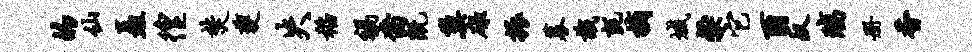
的仙矗徨焚夔失稻祸裔既巢碌振募识毡摘域粲它酉反璃册香